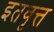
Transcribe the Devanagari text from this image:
इतवृत्त